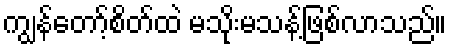
ကျွန်တော့်စိတ်ထဲ မသိုးမသန့်ဖြစ်လာသည်။